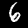
Label: 6